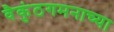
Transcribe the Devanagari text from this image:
वैकुंठगमनाच्या